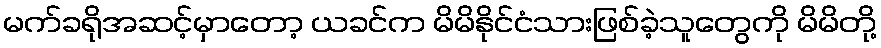
မက်ခရိုအဆင့်မှာတော့ ယခင်က မိမိနိုင်ငံသားဖြစ်ခဲ့သူတွေကို မိမိတို့